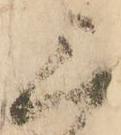
三